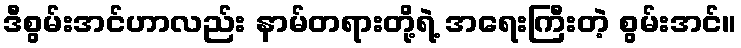
ဒီစွမ်းအင်ဟာလည်း နာမ်တရားတို့ရဲ့ အရေးကြီးတဲ့ စွမ်းအင်။